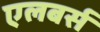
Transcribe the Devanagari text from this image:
एलबर्स